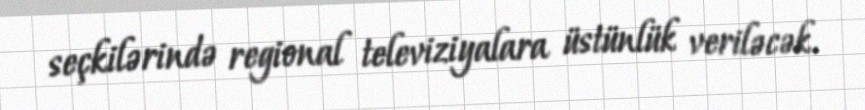
seçkilərində regional televiziyalara üstünlük veriləcək.